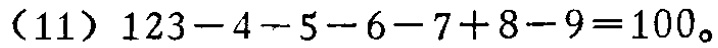
\((11)\ 123 - 4 - 5 - 6 - 7 + 8 - 9 = 100\)